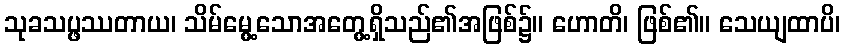
သုခသပ္ဖဿတာယ၊ သိမ်မွေ့သောအတွေ့ရှိသည်၏အဖြစ်၌။ ဟောတိ၊ ဖြစ်၏။ သေယျထာပိ၊